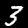
Digit: 3